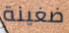
ضغينة